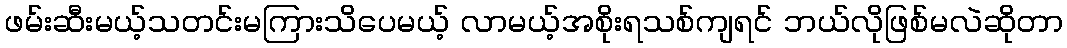
ဖမ်းဆီးမယ့်သတင်းမကြားသိပေမယ့် လာမယ့်အစိုးရသစ်ကျရင် ဘယ်လိုဖြစ်မလဲဆိုတာ